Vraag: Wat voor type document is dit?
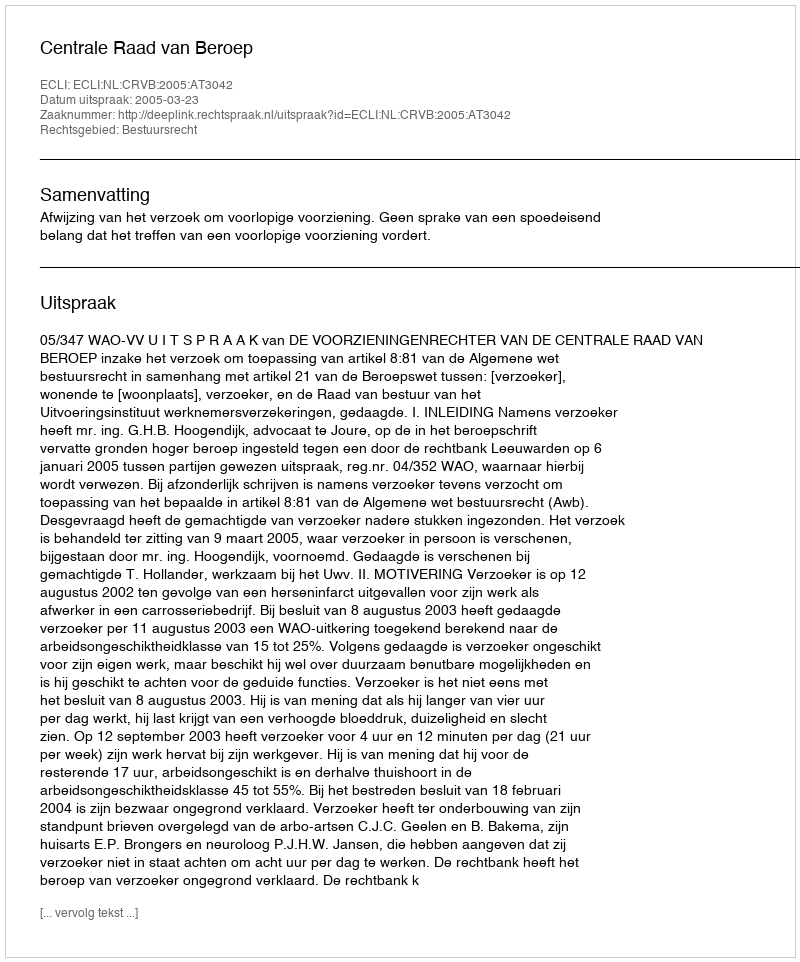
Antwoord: Uitspraak